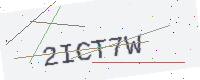
Text: 2ICT7W